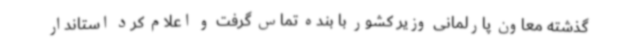
گذشته معاون پارلمانی وزیر کشور با بنده تماس گرفت و اعلام کرد استاندار